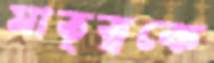
মাতৃত্বকে